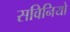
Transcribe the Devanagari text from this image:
सविनियो